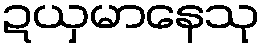
ဍယှမာနေသု